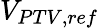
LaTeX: V_{PTV,ref}